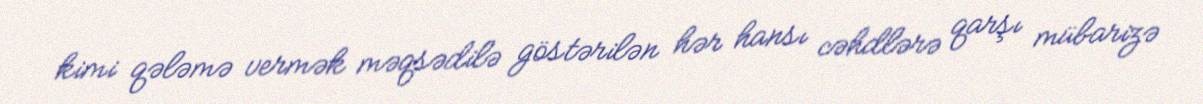
kimi qələmə vermək məqsədilə göstərilən hər hansı cəhdlərə qarşı mübarizə